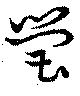
瑩